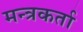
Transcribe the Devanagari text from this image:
मन्त्रकर्ता